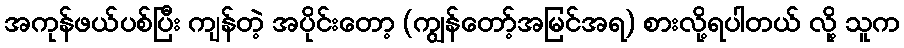
အကုန်ဖယ်ပစ်ပြီး ကျန်တဲ့ အပိုင်းတော့ (ကျွန်တော့်အမြင်အရ) စားလို့ရပါတယ် လို့ သူက